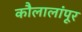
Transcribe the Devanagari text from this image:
कौलालांपूर